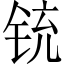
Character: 铳